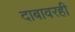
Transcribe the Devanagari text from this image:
दाबावरही